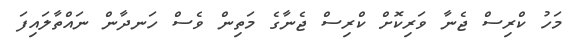
މަހު ކްރިސް ޖެނާ ވަރިކޮށް ކްރިސް ޖެނާގެ މަތިން ވެސް ހަނދާން ނައްތާލައިފަ